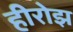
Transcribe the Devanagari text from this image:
हीरोझ